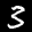
Label: 3